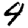
Digit: 4